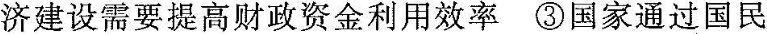
济建设需要提高财政资金利用效率③国家通过国民